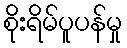
စိုးရိမ်ပူပန်မှု